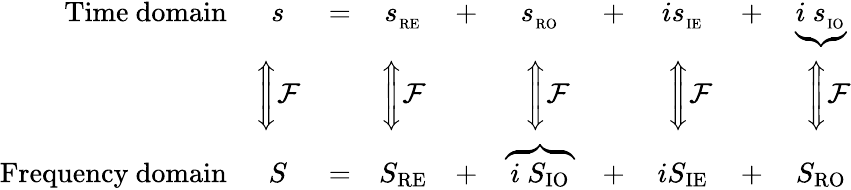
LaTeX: {\begin{array}{rccccccccc}{{\mathrm{Time~domain}}}&{s}&{=}&{s_{_{\mathrm{RE}}}}&{+}&{s_{_{\mathrm{RO}}}}&{+}&{is_{_{\mathrm{IE}}}}&{+}&{\underbrace{i\ s_{_{\mathrm{IO}}}}}\\ &{{\Bigg\Updownarrow}{\mathcal{F}}}&&{{\Bigg\Updownarrow}{\mathcal{F}}}&&{\ \ {\Bigg\Updownarrow}{\mathcal{F}}}&&{\ \ {\Bigg\Updownarrow}{\mathcal{F}}}&&{\ \ {\Bigg\Updownarrow}{\mathcal{F}}}\\ {{\mathrm{Frequency~domain}}}&{S}&{=}&{S_{\mathrm{RE}}}&{+}&{\overbrace{\, i\ S_{\mathrm{IO}}\, }}&{+}&{iS_{\mathrm{IE}}}&{+}&{S_{\mathrm{RO}}}\end{array}}